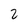
Character: 2